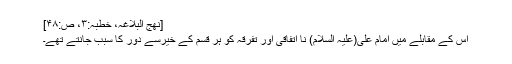
[نھج البلاغہ، خطبہ:۳، ص:۴۸]
اس کے مقابلے میں امام علی(علیہ السلام) نا اتفاقی اور تفرقہ کو ہر قسم کے خیرسے دور کا سبب جانتے تھے۔